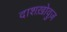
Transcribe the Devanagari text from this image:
दाशख़ोवुज़